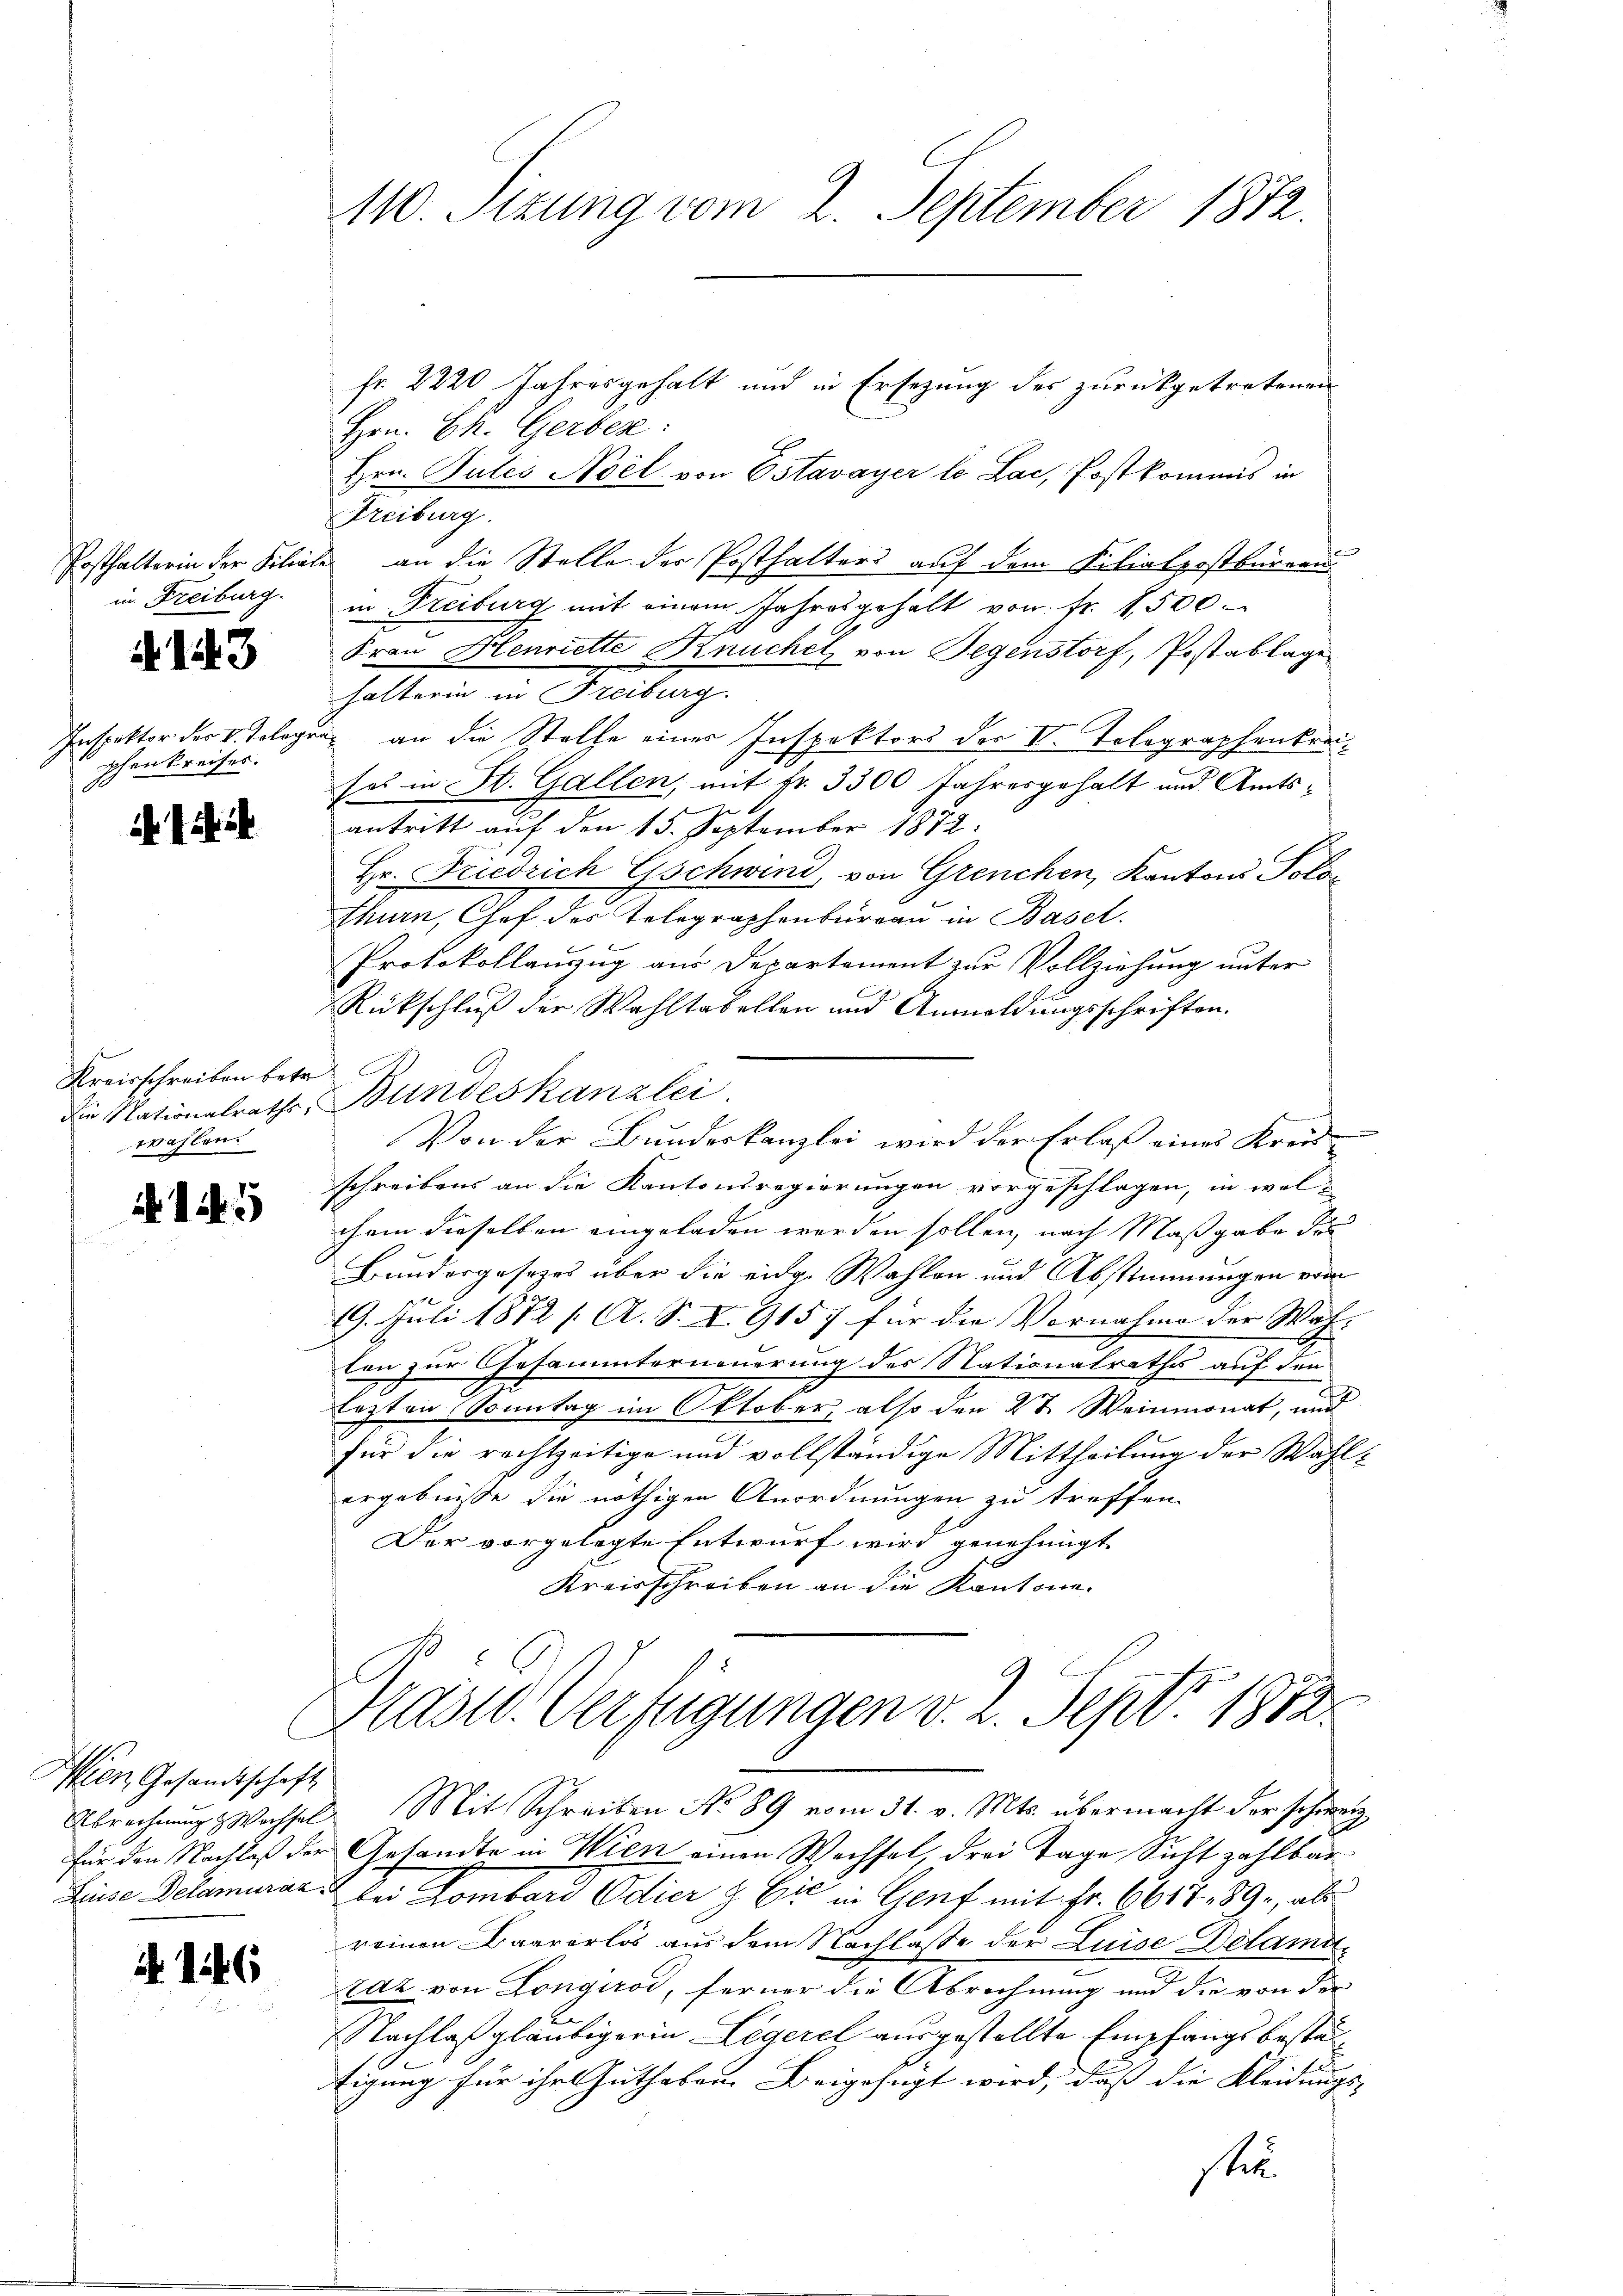
in Freiburg.

A 143

phen Kreises.

fr. 2220 Jahresgehalt und in Ersezung des zurückgetretenen
Hrn. Ch. Gerber:
Hrn. Pules Noel von Estavayer le Lac, Postkommis in
Freiburg.
Posthalterin der Filiale an die Stelle der Posthalters auf dem Filiatpostbüreau
in Freiburg mit einem Jahresgehalt von Fr. 1500
Frau Henriette Knuchel von Gegenstorf, Postablage
halterin in Freiburg.
Inspektor der V. Telegen an die Stelle einer Inspektors der II. Tolographenkrei
ses in St. Gallen, mit Nr. 3300 Jahresgehalt und Amts-
antritt auf den 15. September 1872:
Hr. Friedrich Gschwind, von Grenchen, Kantons Solo¬
Athurn, Chef des Telegraphenbüreau in Basel.
Protokollanzug aus Departement zur Vollziehung unter
f
Rückschluß der Wahltabellen und Anmeldungsschriften.
Die Nationalraths Bundeskanzlei.
Von der Bundeskanzlei wird der Erlaß eines Kreisschreibens an die Kantonsregierungen vorgeschlagen, in wel-
chem dieselben eingeladen werden sollen, nach Maßgabe des
Bundergesezes über die eidg. Wahlen und Abstimmungen vom
k
19. Juli 1872 f. A. S. I. 9157 für die Vornahme der Wah-
ten zur Gesammterneuerung des Nationalrathes auf den
lezten Sonntag im Oktober, also den 27. Weinmonat, und
für die rechtzeitige und vollständige Mittheilung der Wahl-
ergebnisse die nöthigen Anordnungen zu treffen.
Der vorgelegte Entwurf wird genehmigt
Kreisschreiben an die Kantone.
Mast. Verfügungen v. 2. Sept. 1852.
Abrechnŭng Wachsel. Mit Schreiben No 89 vom 31. v. Mts. übermacht der schweiz
für den Nachlaß der Gesandte in Wien einen Wechsel, drei Tage Sicht zahlbar
Zinse Delamurate bei Lombard Odier & Cie in Genf mit Fr. 6617. 89, als
reinen Baarerlös aus dem Nachlasse der Luise Delamiraz von Longirod, ferner die Abrechnung und die von der
Nachlaßgläubiger in Legerel ausgestellte Empfangs bestätigung für ihr Guthaben Beigefügt wird, daß die Kleidungs-
sten

Kreisschreiben betr.
wahlen.

i 15

Iien Gesandtschaft

146

110. Sizung vom 2. September 1872.